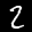
Label: 2